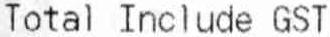
TOTAL INCLUDE GST